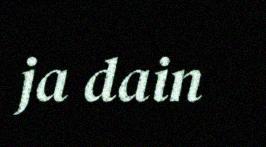
ja dain